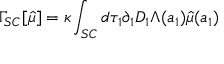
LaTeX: \Gamma _ { S C } [ \hat { \mu } ] = \kappa \int _ { S C } d \tau _ { 1 } \partial _ { 1 } D _ { 1 } \Lambda ( a _ { 1 } ) \hat { \mu } ( a _ { 1 } )